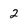
Character: 2